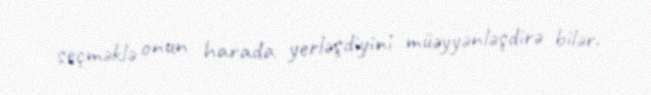
seçməklə onun harada yerləşdiyini müəyyənləşdirə bilər.